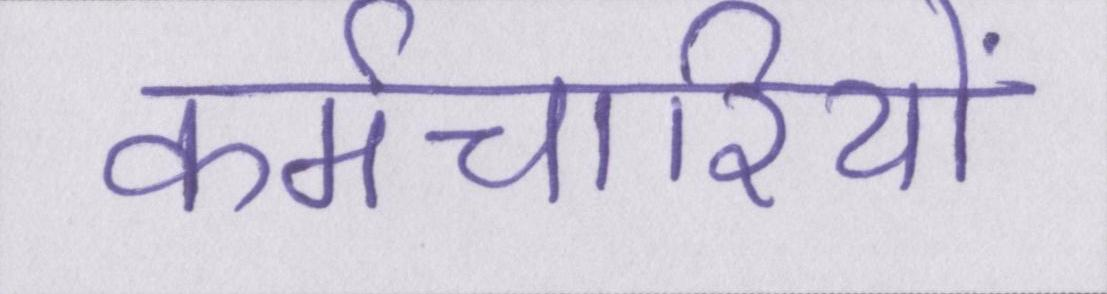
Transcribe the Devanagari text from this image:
कर्मचारियों